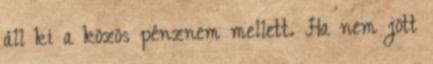
áll ki a közös pénznem mellett. Ha nem jött